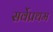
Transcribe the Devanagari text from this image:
सर्वेप्रथम